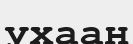
ухаан